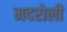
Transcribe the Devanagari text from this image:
मदरोली